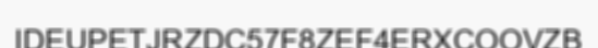
IDEUPETJRZDC57F8ZEF4ERXCOOVZB